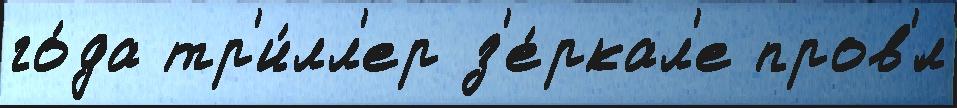
го́да тр'и́лл'ер з'е́ркал'е пров'́л